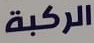
الركبة